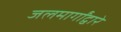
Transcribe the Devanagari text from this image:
जलमार्गांद्वारे